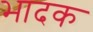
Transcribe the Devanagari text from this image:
भादक